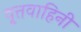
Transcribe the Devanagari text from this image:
वृ्त्तवाहिनी